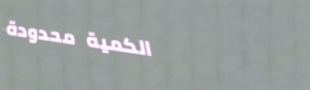
الكمية محدودة